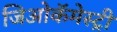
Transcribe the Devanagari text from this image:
जिओकॅमेस्ट्री